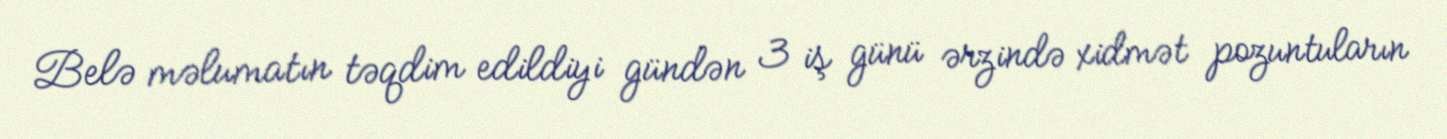
Belə məlumatın təqdim edildiyi gündən 3 iş günü ərzində xidmət pozuntuların